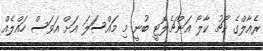
ރެއާލްގެ ކޯޗު ކާލޯ އަންޗެލޮޓީ ބުނީ މި މައްސަަލަ އަށް އަވަސް ހައްލެއް